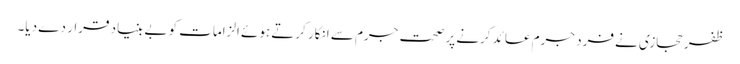
ظفر حجازی نے فرد جرم عائد کرنے پر صحت جرم سے انکار کرتے ہوئے الزامات کو بے بنیاد قرار دے دیا۔